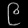
Digit: ၉